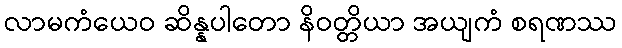
လာမကံယေဝ ဆိန္နပါတော နိဝတ္တိယာ အယျကံ စရဏဿ